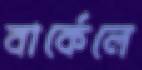
বার্কেলে